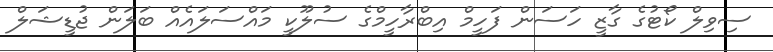
ސިވިލް ކޯޓުގެ ގާޒީ ހަސަން ފަހީމް އިބްރާހީމްގެ ސުލޫކީ މައްސަލައެއް ބަލަން ޖުޑީޝަލް